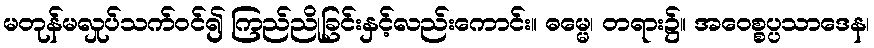
မတုန်မလှုပ်သက်ဝင်၍ ကြည်ညိုခြင်းနှင့်လည်းကောင်း။ ဓမ္မေ၊ တရား၌။ အဝေစ္စပ္ပသာဒေန၊